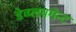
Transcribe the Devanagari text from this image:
डेव्प्लपमेन्ट